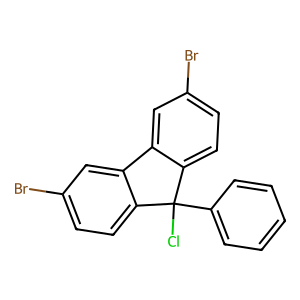
SMILES: ClC1(c2ccccc2)c2ccc(Br)cc2-c2cc(Br)ccc21
Inhibits HIV replication: No